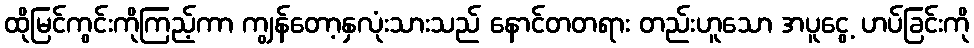
ထိုမြင်ကွင်းကိုကြည့်ကာ ကျွန်တော့နှလုံးသားသည် နောင်တတရား တည်းဟူသော အပူငွေ့ ဟပ်ခြင်းကို